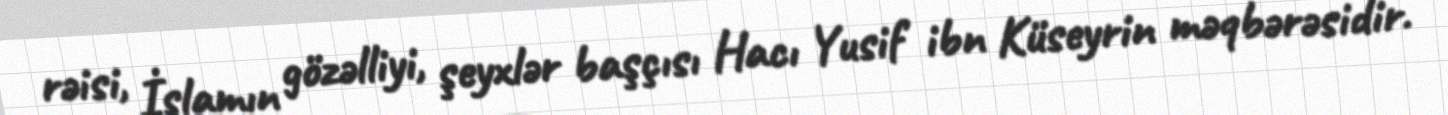
rəisi, İslamın gözəlliyi, şeyxlər başçısı Hacı Yusif ibn Küseyrin məqbərəsidir.